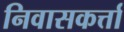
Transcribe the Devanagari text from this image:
निवासकर्त्ता